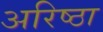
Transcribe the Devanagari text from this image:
अरिष्ठा